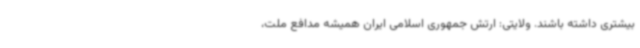
بیشتری داشته باشند. ولایتی: ارتش جمهوری اسلامی ایران همیشه مدافع ملت،